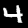
Digit: 4